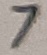
Text: 7